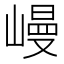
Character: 𡻩